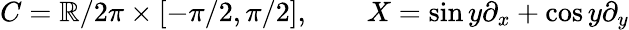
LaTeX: C=\mathbb{R}/2\pi\times[-\pi/2,\pi/2],\qquad X=\sin y\partial_{x}+\cos y\partial_{y}